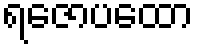
ရဇောပထော